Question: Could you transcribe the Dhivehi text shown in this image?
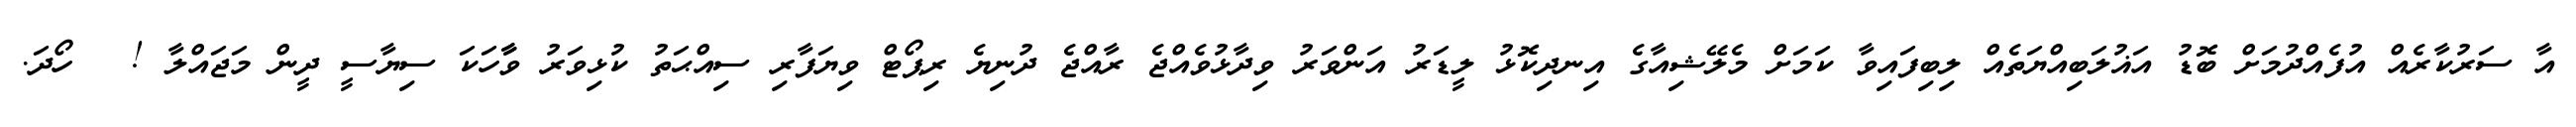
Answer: އާ ސަރުކާރެއް އުފެއްދުމަށް ބޮޑު އަޣުލަބިއްޔަތެއް ލިބިފައިވާ ކަމަށް މެލޭޝިއާގެ އިނދިކޮޅު ލީޑަރު އަންވަރު ވިދާޅުވެއްޖެ ރާއްޖެ ދުނިޔެ ރިޕޯޓް ވިޔަފާރި ސިއްޙަތު ކުޅިވަރު ވާާހަކަ ސިޔާސީ ދީން މަޖައްލާ ! ? ހޯދަ.